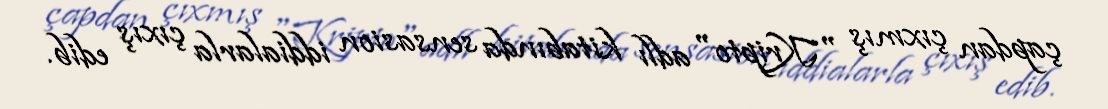
çapdan çıxmış "Kripto" adlı kitabında sensasion iddialarla çıxış edib.